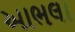
આભલા